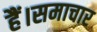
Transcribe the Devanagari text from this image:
हैं।समाचार